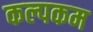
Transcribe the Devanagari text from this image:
कल्पकम